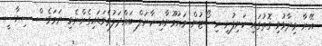
އޭނާ ވިދާޅުވި ގޮތުގައި ކަނިފުށި ރިސޯޓުން މައުމޫނާއި ކާނަލް ބައްދަލުވެވަޑައިގެންނެވި ނަމަވެސް ސިޔާސީ